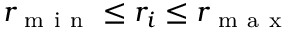
r _ { \mathrm { ~ m ~ i ~ n ~ } } \leq r _ { i } \leq r _ { \mathrm { ~ m ~ a ~ x ~ } }